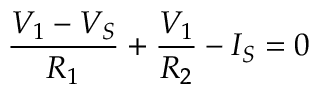
{ \frac { V _ { 1 } - V _ { S } } { R _ { 1 } } } + { \frac { V _ { 1 } } { R _ { 2 } } } - I _ { S } = 0